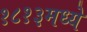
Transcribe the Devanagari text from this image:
१८१३मध्ये